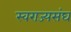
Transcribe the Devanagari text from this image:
स्वराज्यसंघ